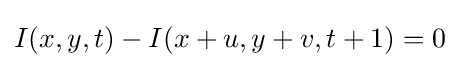
I(x,y,t)-I(x+u,y+v,t+1)=0